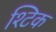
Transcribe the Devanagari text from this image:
श्टिक